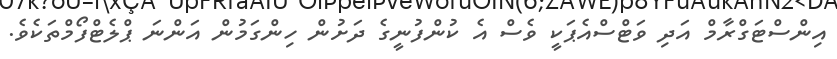
އިންސްޓަގްރާމް އަދި ވަޓްސްއެޕަކީ ވެސް އެ ކުންފުނީގެ ދަށުން ހިންގަމުން އަންނަ ޕްލެޓްފޯމްތަކެވެ.